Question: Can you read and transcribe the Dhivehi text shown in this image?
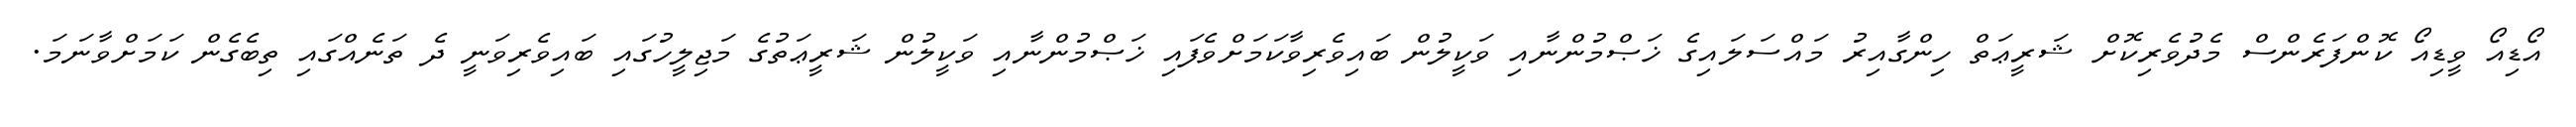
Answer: އޯޑިއޯ ވީޑިއޯ ކޮންފަރެންސް މެދުވެރިކޮށް ޝަރީޢަތް ހިންގާއިރު މައްސަލައިގެ ޚަޞްމުންނާއި ވަކީލުން ބައިވެރިވާކަމަށްވެފައި ޚަޞްމުންނާއި ވަކީލުން ޝަރީޢަތުގެ މަޖިލީހުގައި ބައިވެރިވަނީ ދެ ތަނެއްގައި ތިބެގެން ކަމަށްވާނަމަ.